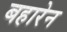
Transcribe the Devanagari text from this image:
बहारेन